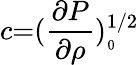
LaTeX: c{=}(\frac{\partial P}{\partial\rho})_{_{0}}^{1/2}